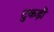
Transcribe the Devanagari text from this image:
टुकड़ी